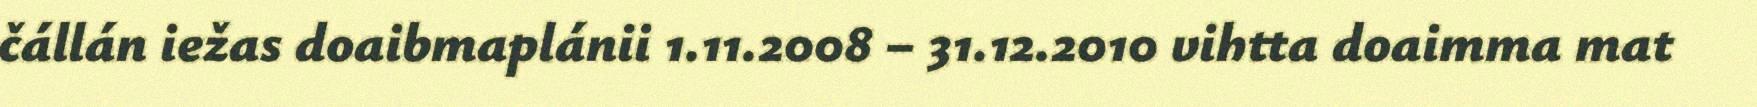
čállán iežas doaibmaplánii 1.11.2008 – 31.12.2010 vihtta doaimma mat